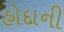
હોદાની